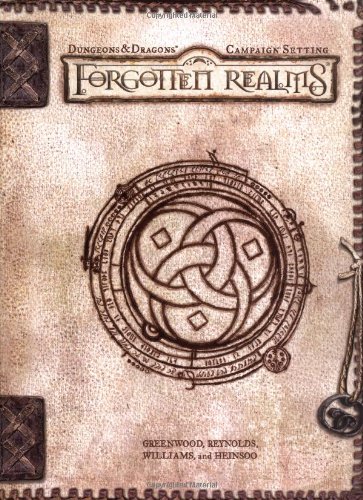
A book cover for Forgotten Realms Campaign Setting (Dungeons & Dragons d20 3.0 Fantasy Roleplaying, Forgotten Realms Setting); Ed Greenwood; Science Fiction & Fantasy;